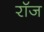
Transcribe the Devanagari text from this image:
रॉज